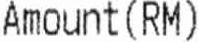
AMOUNT (RM)